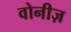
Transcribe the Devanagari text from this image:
वोनीज़